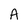
Character: A